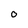
Character: 0